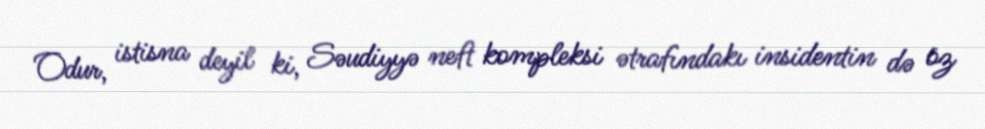
Odur, istisna deyil ki, Səudiyyə neft kompleksi ətrafındakı insidentin də öz